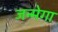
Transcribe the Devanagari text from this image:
जन्मेगा